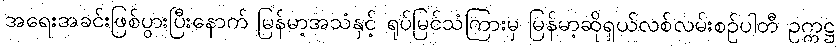
အရေးအခင်းဖြစ်ပွားပြီးနောက် မြန်မာ့အသံနှင့် ရုပ်မြင်သံကြားမှ မြန်မာ့ဆိုရှယ်လစ်လမ်းစဉ်ပါတီ ဥက္ကဋ္ဌ